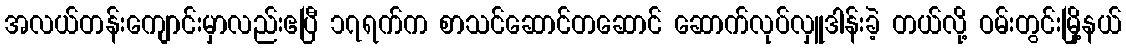
အလယ်တန်းကျောင်းမှာလည်းဧပြီ ၁၇ရက်က စာသင်ဆောင်တဆောင် ဆောက်လုပ်လှူဒါန်းခဲ့ တယ်လို့ ဝမ်းတွင်းမြို့နယ်